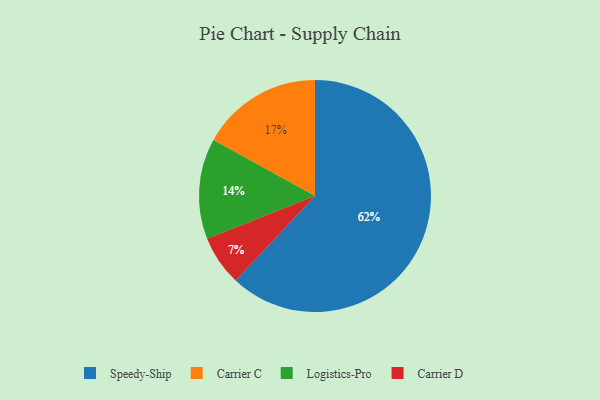
{"axis": {"x": "Category", "y": "Percentage"}, "legend": ["Carrier C", "Carrier D", "Logistics-Pro", "Speedy-Ship"], "data": [{"x": "Carrier C", "y": 17, "type": "Carrier C"}, {"x": "Speedy-Ship", "y": 62, "type": "Speedy-Ship"}, {"x": "Logistics-Pro", "y": 14, "type": "Logistics-Pro"}, {"x": "Carrier D", "y": 7, "type": "Carrier D"}]}